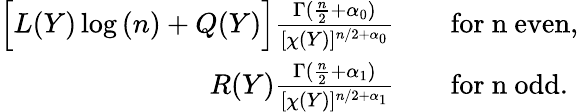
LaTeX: \begin{array}{rl}{\Big[L(Y)\log{(n)}+Q(Y)\Big]\frac{\Gamma(\frac{n}{2}+\alpha_{0})}{[\chi(Y)]^{n/2+\alpha_{0}}}}&{\quad\mathrm{for~n~even},}\\ {R(Y)\frac{\Gamma(\frac{n}{2}+\alpha_{1})}{[\chi(Y)]^{n/2+\alpha_{1}}}}&{\quad\mathrm{for~n~odd}.}\end{array}